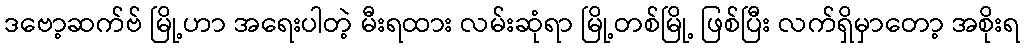
ဒဗော့ဆက်ဗ် မြို့ဟာ အရေးပါတဲ့ မီးရထား လမ်းဆုံရာ မြို့တစ်မြို့ ဖြစ်ပြီး လက်ရှိမှာတော့ အစိုးရ